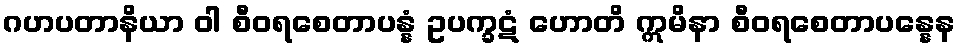
ဂဟပတာနိယာ ဝါ စီဝရစေတာပန္နံ ဥပက္ခဋံ ဟောတိ ဣမိနာ စီဝရစေတာပန္နေန